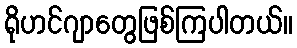
ရိုဟင်ဂျာတွေဖြစ်ကြပါတယ်။